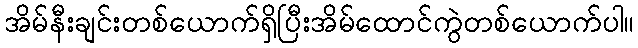
အိမ်နီးချင်းတစ်ယောက်ရှိပြီးအိမ်ထောင်ကွဲတစ်ယောက်ပါ။